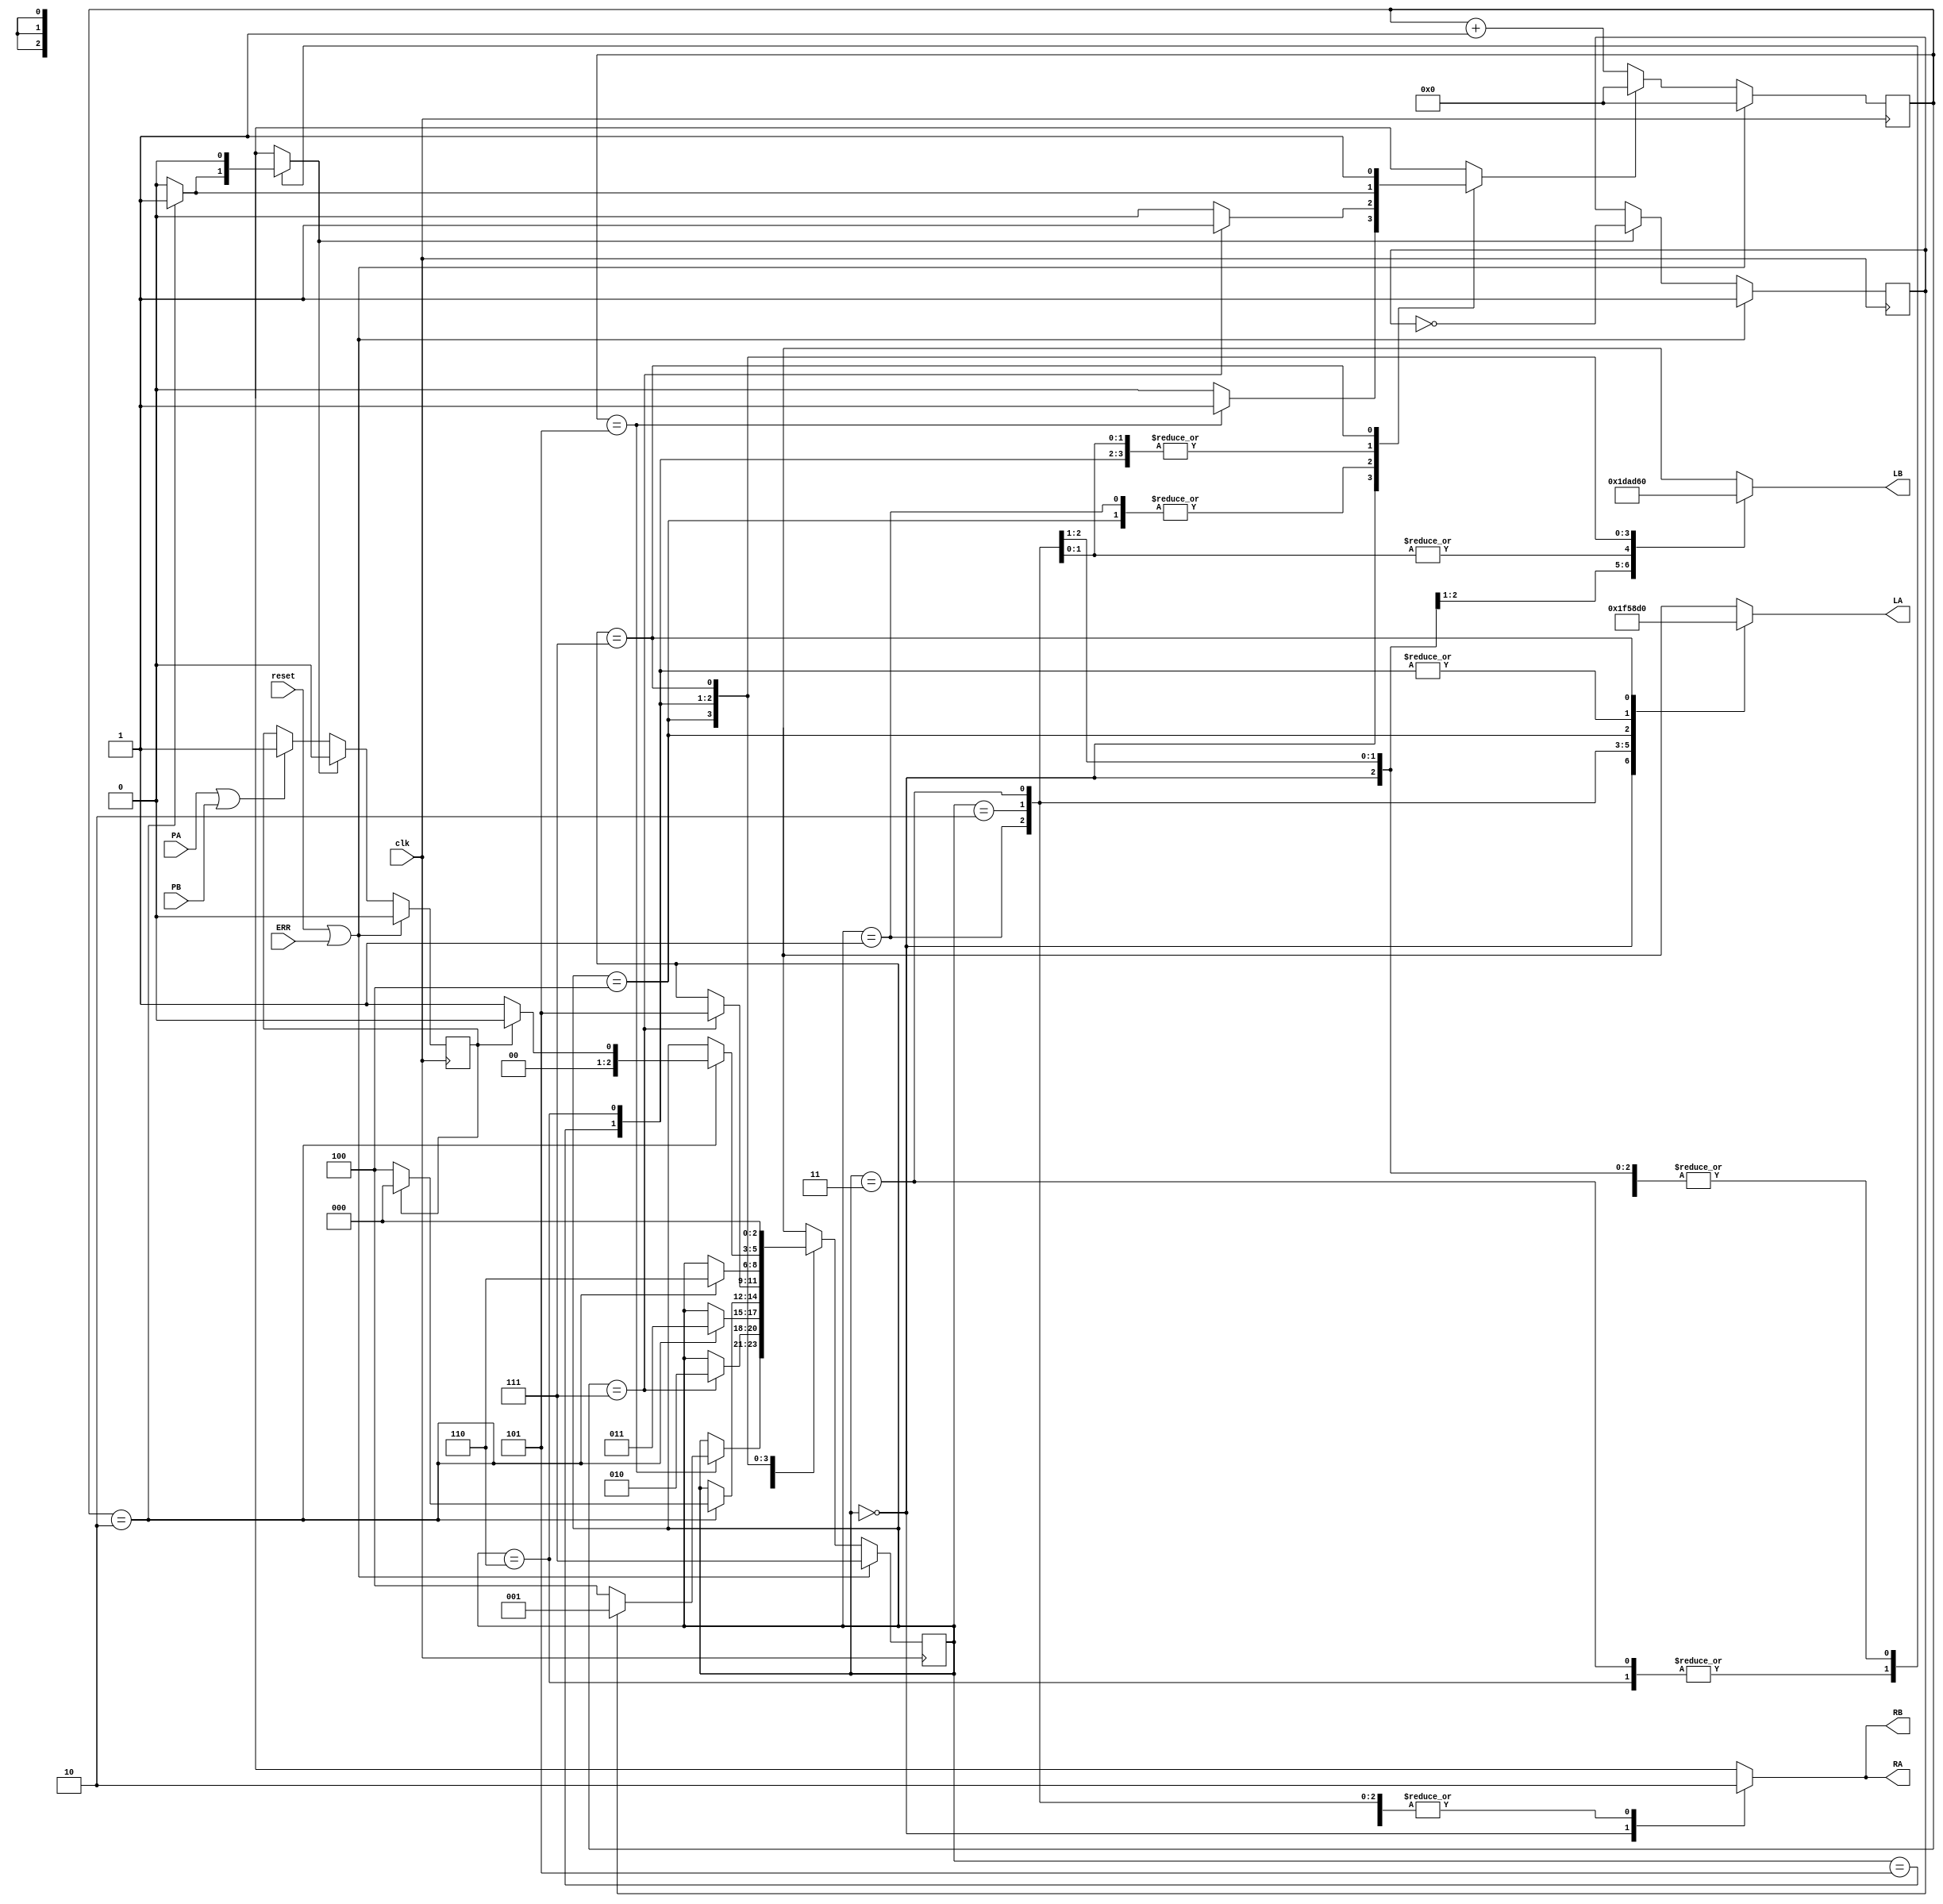
// traffic
//

module traffic_control(
	input clk, reset, ERR, PA, PB,
	output reg [2:0] LA, LB,
	output RA, RB
	);

	reg [3:0] timer;
	reg [2:0] ps, ns;
	reg RX;
	reg walk, ab_cycle, switch_cycle; // ab_cycle: 0 is green A, 1 is green B
	reg reset_timer;

	assign RA = RX;
	assign RB = RX;

	always @(*) begin
		RX = 1'b0;
		ns = ps;
		switch_cycle = 0;
		reset_timer = 0;

		case(ps)
			3'h0: begin
				LA = 3'b111;
				LB = 3'b111;
				RX = 1'b1;
				if (timer == 'h5) begin
					if (ab_cycle)
						ns = 3'h1;
					else
						ns = 3'h4;
					reset_timer = 1;	
				end
			end
			3'h1: begin
				LA = 3'b110;
				LB = 3'b011;
				if (timer == 'h7) begin
					ns = 3'h2;
					reset_timer = 1;
				end
			end
			3'h2: begin
				LA = 3'b101;
				LB = 3'b010;
				if (timer == 'h2) begin
					ns = 3'h3;
					reset_timer = 1;
				end
			end
			3'h3: begin
				LA = 3'b100;
				LB = 3'b010;
				if (timer == 'h2) begin
					reset_timer = 1;
					switch_cycle = 1;
					if (walk)
						ns = 3'h0;
					else
						ns = 3'h4;
				end
			end
			3'h4: begin
				LA = 3'b011;
				LB = 3'b110;
				if (timer == 'h7) begin
					reset_timer = 1;
					ns = 3'h5;
				end
			end
			3'h5: begin
				LA = 3'b010;
				LB = 3'b101;
				if (timer == 'h2) begin
					reset_timer = 1;
					ns = 3'h6;
				end
			end
			3'h6: begin
				LA = 3'b010;
				LB = 3'b100;
				if (timer == 'h2) begin
					reset_timer = 1;
					switch_cycle = 1;
					if (walk)
						ns = 3'h0;
					else
						ns = 3'h1;
				end
			end
			3'h7: begin
				LA = 3'b000;
				LB = 3'b000;
				ns = 3'b000;
				reset_timer = 1;
			end
		endcase
	end

	always @(posedge clk) begin
		if (PA || PB)
			walk <= 1;

		if (reset || ERR) begin
			ps <= 3'h7;
			ab_cycle <= 1;
			walk <= 0;
			timer <= 0;
		end else begin
			ps <= ns;
			if (switch_cycle) begin
				walk <= 0;
				ab_cycle <= ~ab_cycle;
			end

			if (reset_timer)
				timer <= 0;
			else
				timer <= timer + 'b1;
		end
	end
endmodule